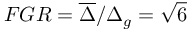
F G R = \overline { { \Delta } } / \Delta _ { g } = \sqrt { 6 }